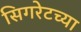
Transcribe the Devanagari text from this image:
सिगरेटच्या